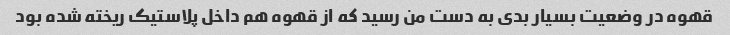
قهوه در وضعیت بسیار بدی به دست من رسید که از قهوه هم داخل پلاستیک ریخته شده بود